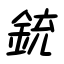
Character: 銃